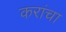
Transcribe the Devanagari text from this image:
करांचा